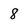
Character: 8